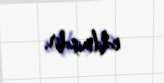
edilmişdir.